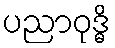
ပညာဝုဒ္ဓိ